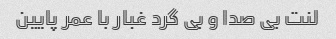
لنت بی صدا و بی گرد غبار با عمر پایین